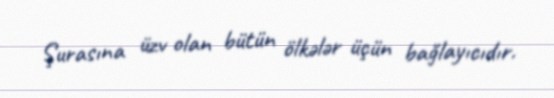
Şurasına üzv olan bütün ölkələr üçün bağlayıcıdır.